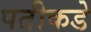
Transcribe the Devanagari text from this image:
पतीकडे